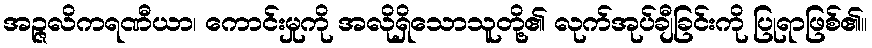
အဉ္ဇလိကရဏီယာ၊ ကောင်းမှုကို အလိုရှိသောသူတို့၏ လုက်အုပ်ချီခြင်းကို ပြုရာဖြစ်၏။